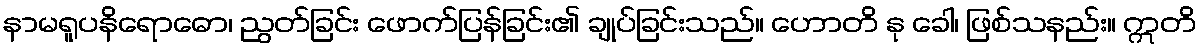
နာမရူပနိရောဓော၊ ညွတ်ခြင်း ဖောက်ပြန်ခြင်း၏ ချုပ်ခြင်းသည်။ ဟောတိ နု ခေါ၊ ဖြစ်သနည်း။ ဣတိ